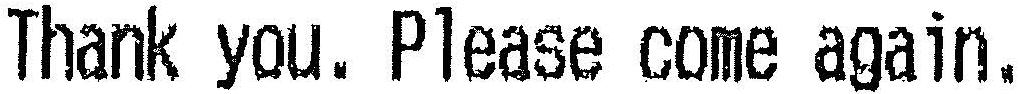
THANK YOU. PLEASE COME AGAIN.